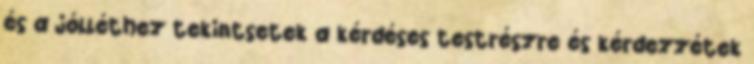
és a jólléthez tekintsetek a kérdéses testrészre és kérdezzétek